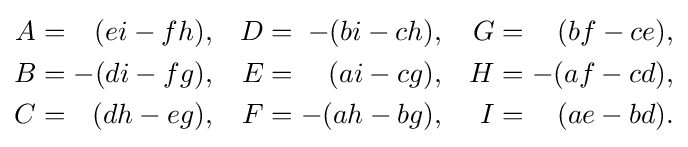
{\begin{alignedat}{6}A&={}&(ei-fh),&\quad &D&={}&-(bi-ch),&\quad &G&={}&(bf-ce),\\B&={}&-(di-fg),&\quad &E&={}&(ai-cg),&\quad &H&={}&-(af-cd),\\C&={}&(dh-eg),&\quad &F&={}&-(ah-bg),&\quad &I&={}&(ae-bd).\\\end{alignedat}}